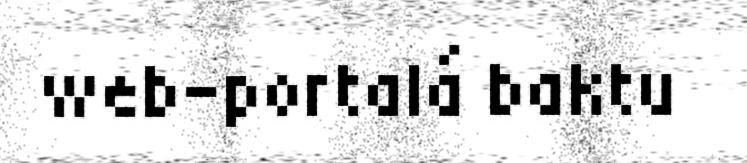
web-portalá baktu